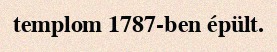
templom 1787-ben épült.